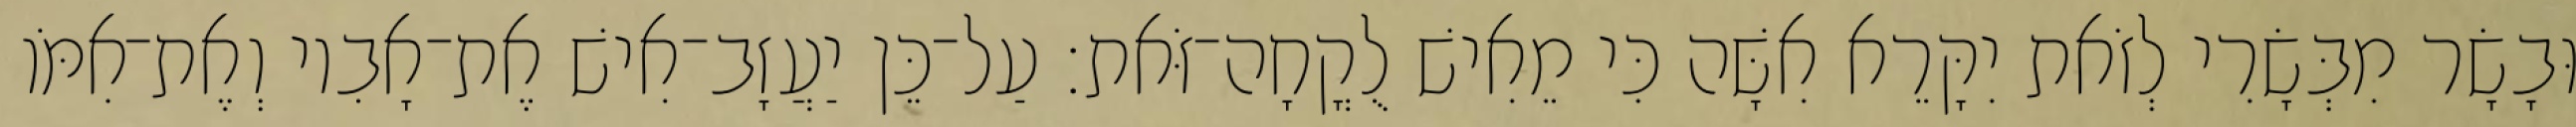
וּבָשָׂר מִבְּשָׂרִי לְזֹאת יִקָּרֵא אִשָּׁה כִּי מֵאִישׁ לֻקֳחָה־זֹּאת׃ עַל־כֵּן יַעֲזָב־אִישׁ אֶת־אָבִיו וְאֶת־אִמֹּו